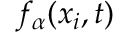
f _ { \alpha } ( x _ { i } , t )